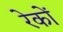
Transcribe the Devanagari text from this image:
रेकों